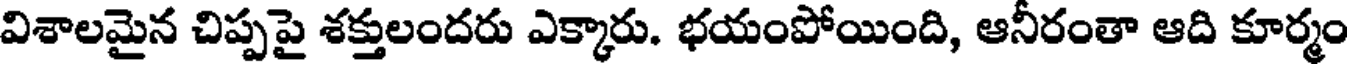
విశాలమైన చిప్పపై శక్తులందరు ఎక్కారు. భయంపోయింది, ఆనీరంతా ఆది కూర్మం